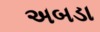
અબડા